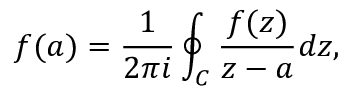
f ( a ) = { \frac { 1 } { 2 \pi i } } \oint _ { C } { \frac { f ( z ) } { z - a } } d z ,